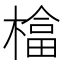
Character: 𱤍